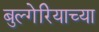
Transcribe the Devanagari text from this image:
बुल्गेरियाच्या